Annual report on the health of the army in India
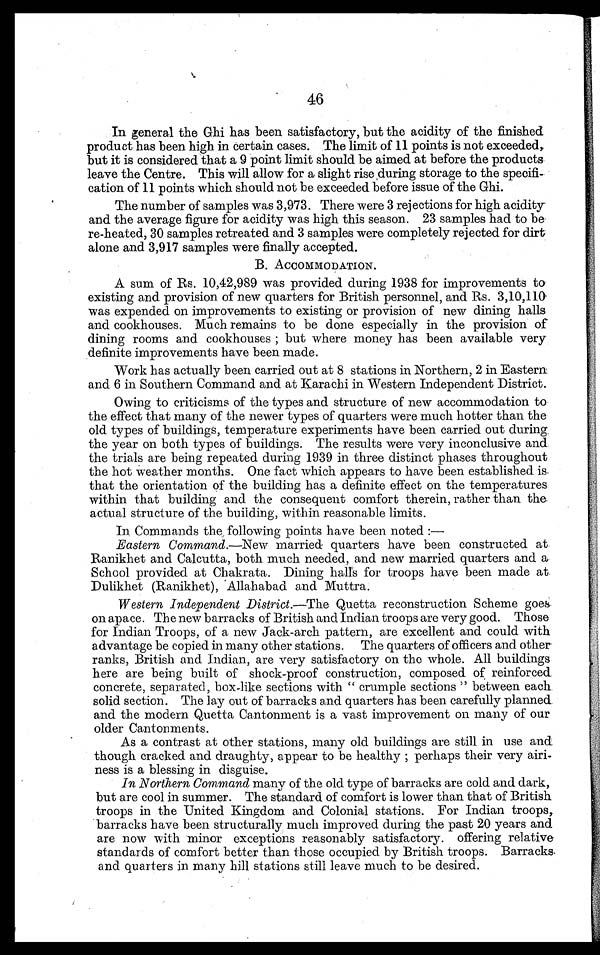
46
In general the Ghi has been satisfactory, but the acidity of the finished
product has been high in certain cases. The limit of 11 points is not exceeded,
but it is considered that a 9 point limit should be aimed at before the products
leave the Centre. This will allow for a slight rise during storage to the specifi
cation of 11 points which should not be exceeded before issue of the Ghi.
The number of samples was 3,973. There were 3 rejections for high acidity
and the average figure for acidity was high this season. 23 samples had to be
re-heated, 30 samples retreated and 3 samples were completely rejected for dirt
alone and 3,917 samples were finally accepted.
B. ACCOMMODATION.
A sum of Rs. 10,42,989 was provided during 1938 for improvements to
existing and provision of new quarters for British personnel, and Rs. 3,10,110.
was expended on improvements to existing or provision of new dining halls
and cookhouses. Much remains to be done especially in the provision of
dining rooms and cookhouses ; but where money has been available very
definite improvements have been made.
Work has actually been carried out at 8 stations in Northern, 2 in Eastern
and 6 in Southern Command and at Karachi in Western Independent District.
Owing to criticisms of the types and structure of new accommodation to
the effect that many of the newer types of quarters were much hotter than the
old types of buildings, temperature experiments have been carried out during
the year on both types of buildings. The results were very inconclusive and
the trials are being repeated during 1939 in three distinct phases throughout
the hot weather months. One fact which appears to have been established is
that the orientation of the building has a definite effect on the temperatures
within that building and the consequent comfort therein, rather than the
actual structure of the building, within reasonable limits.
In Commands the, following points have been noted : —
Eastern Command .—New married quarters have been constructed at
Ranikhet and Calcutta, both much needed, and new married quarters and a
School provided at Chakrata. Dining halls for troops have been made at.
Dulikhet (Ranikhet), Allahabad and Muttra.
Western Independent District.—The Quetta reconstruction Scheme goes
on apace. The new barracks of British and Indian troops are very good. Those
for Indian Troops, of a new Jack-arch pattern, are excellent and could with
advantage be copied in many other stations. The quarters of officers and other
ranks, British and Indian, are very satisfactory on the whole. All buildings
here are being built of shock-proof construction, composed of reinforced
concrete, separated, box-like sections with " crumple sections " between each
solid section. The lay out of barracks and quarters has been carefully planned
and the modern Quetta Cantonment is a vast improvement on many of our
older Cantonments.
As a contrast at other stations, many old buildings are still in use and
though cracked and draughty, appear to be healthy ; perhaps their very airi-
ness is a blessing in disguise.
In Northern Command many of the old type of barracks are cold and dark,
but are cool in summer. The standard of comfort is lower than that of British
troops in the United Kingdom and Colonial stations. For Indian troops,
barracks have been structurally much improved during the past 20 years and
are now with minor exceptions reasonably satisfactory. offering relative
standards of comfort better than those occupied by British troops. Barracks
and quarters in many hill stations still leave much to be desired.